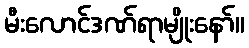
မီးလောင်ဒဏ်ရာမျိုးနော်။